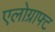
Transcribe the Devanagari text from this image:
एलोग्राफ्ट